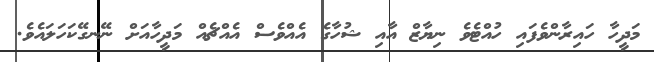
މަދީހާ ހައިރާންވެފައި ހުއްޓެވެ ނިޔާޒް އާއި ޝުހާގެ އެއްވެސް އެއްޗެއް މަދީހާއަށް ނޭނގޭކަހަލައެވެ.